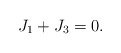
\begin{align*}J_1 + J_3 = 0.\end{align*}